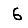
Digit: 6